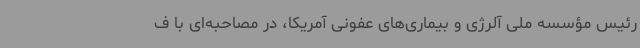
رئیس مؤسسه ملی آلرژی و بیماری‌های عفونی آمریکا، در مصاحبه‌ای با ف